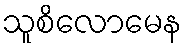
သူစိလောမေန